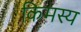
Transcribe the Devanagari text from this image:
किमस्य